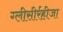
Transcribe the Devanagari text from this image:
ग्‍लीसीर्रहीजा